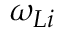
\omega _ { L i }